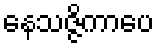
နေသဇ္ဇိကာပေ